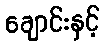
ချောင်းနှင့်